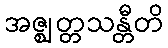
အဇ္ဈတ္တသန္တီတိ